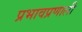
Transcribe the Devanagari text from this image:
प्रभावप्रणाली